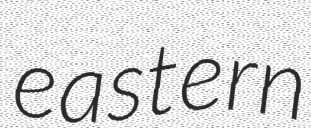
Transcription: eastern